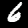
Label: 6